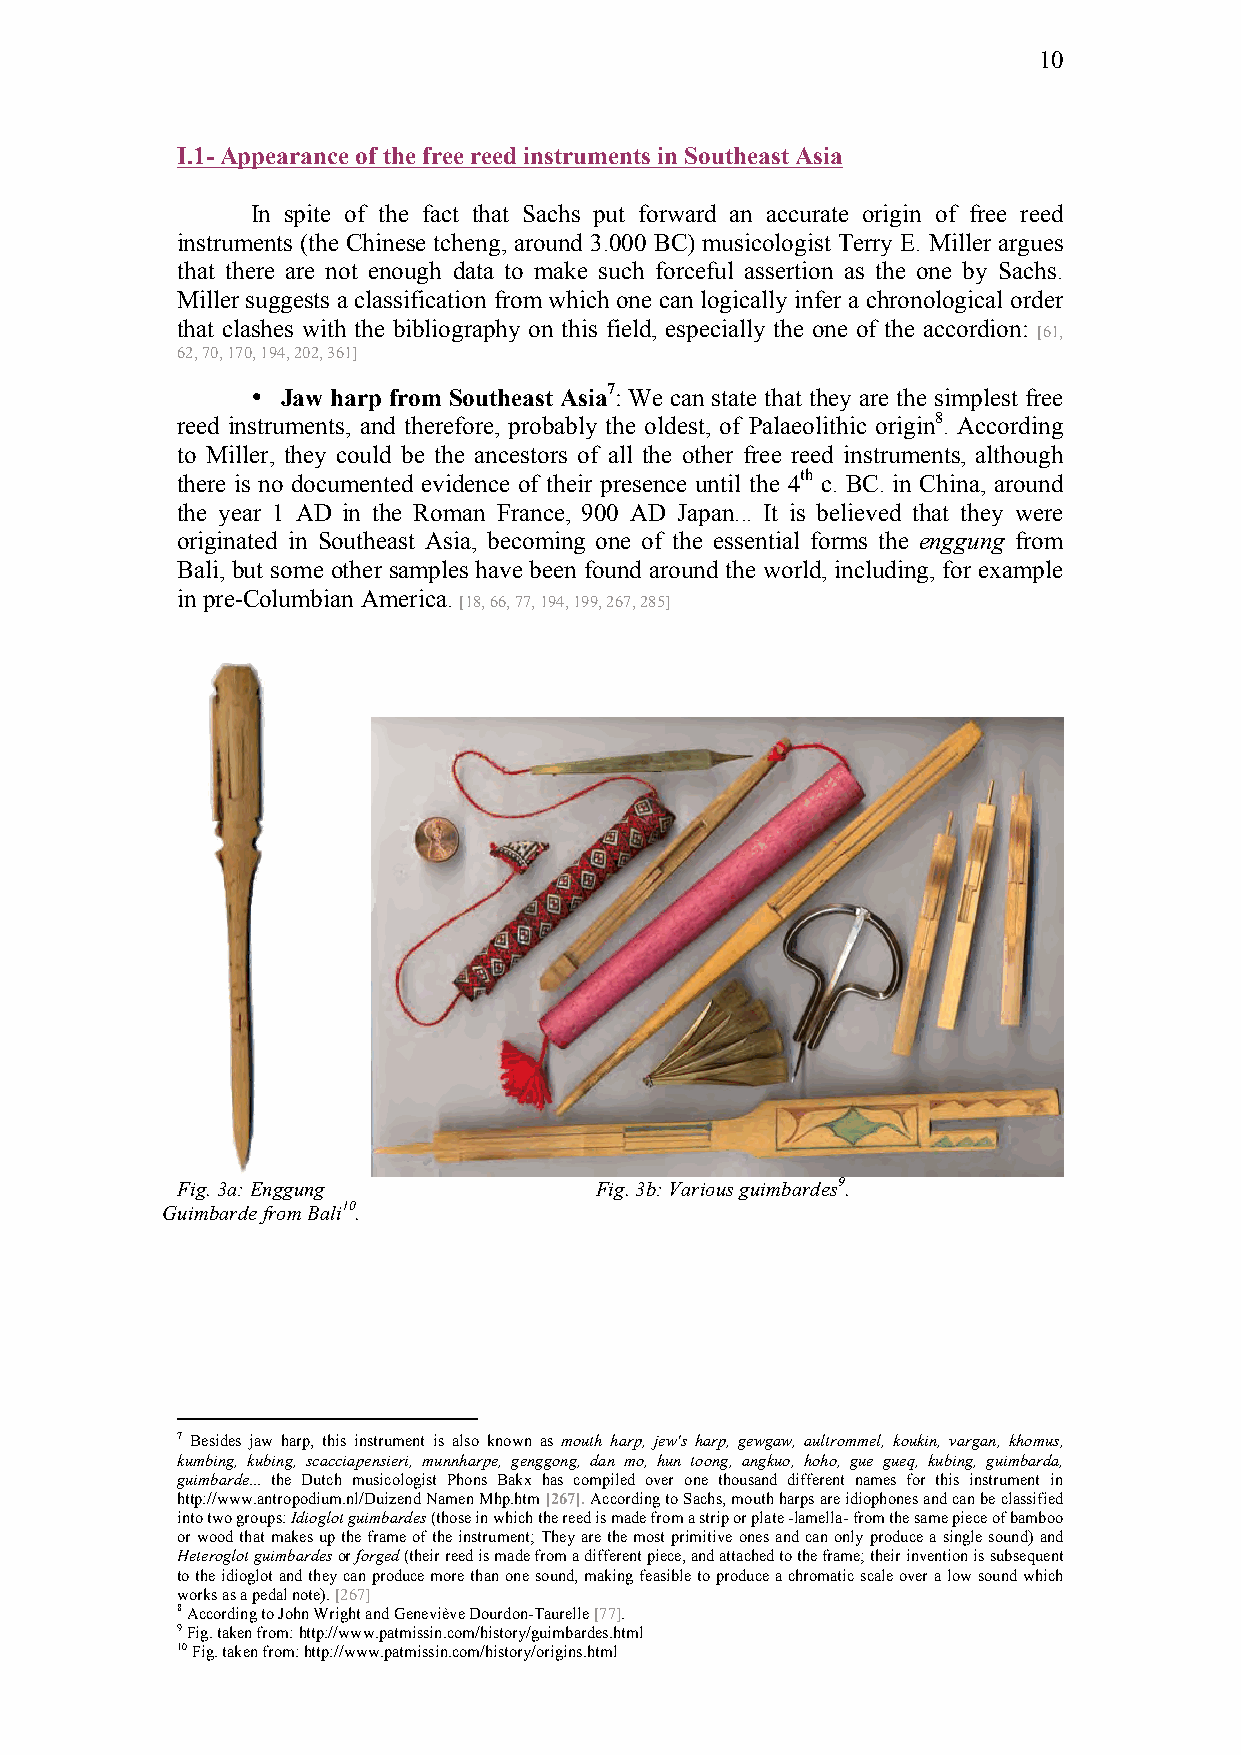
10
 I.1- Appearance of the free reed instruments in Southeast Asia
 In spite of the fact that Sachs put forward an accurate origin of free reed
 instruments (the Chinese tcheng, around 3.000 BC) musicologist Terry E. Miller argues
 that there are not enough data to make such forceful assertion as the one by Sachs.
 Miller suggests a classification from which one can logically infer a chronological order
 that clashes with the bibliography on this field, especially the one of the accordion:
 [61,
 62, 70, 170, 194, 202, 361]
 • Jaw harp from Southeast Asia7: We can state that they are the simplest free
 reed instruments, and therefore, probably the oldest, of Palaeolithic origin8. According
 to Miller, they could be the ancestors of all the other free reed instruments, although
 there is no documented evidence of their presence until the 4th c. BC. in China, around
 the year 1 AD in the Roman France, 900 AD Japan... It is believed that they were
 originated in Southeast Asia, becoming one of the essential forms the enggung from
 Bali, but some other samples have been found around the world, including, for example
 in pre-Columbian America.
 [18, 66, 77, 194, 199, 267, 285]
 Fig. 3a: Enggung           Fig. 3b: Various guimbardes9.
 Guimbarde from Bali10.
 7 Besides jaw harp, this instrument is also known as mouth harp, jew's harp, gewgaw, aultrommel, koukin, vargan, khomus,
 kumbing, kubing, scacciapensieri, munnharpe, genggong, dan mo, hun toong, angkuo, hoho, gue gueq, kubing, guimbarda,
 guimbarde... the Dutch musicologist Phons Bakx has compiled over one thousand different names for this instrument in
 http://www.antropodium.nl/Duizend Namen Mhp.htm [267]. According to Sachs, mouth harps are idiophones and can be classified
 into two groups: Idioglot guimbardes (those in which the reed is made from a strip or plate -lamella- from the same piece of bamboo
 or wood that makes up the frame of the instrument; They are the most primitive ones and can only produce a single sound) and
 Heteroglot guimbardes or forged (their reed is made from a different piece, and attached to the frame; their invention is subsequent
 to the idioglot and they can produce more than one sound, making feasible to produce a chromatic scale over a low sound which
 works as a pedal note). [267]
 8 According to John Wright and Geneviève Dourdon-Taurelle [77].
 9 Fig. taken from: http://www.patmissin.com/history/guimbardes.html
 10 Fig. taken from: http://www.patmissin.com/history/origins.html